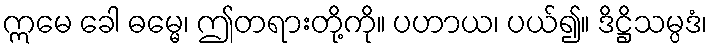
ဣမေ ခေါ ဓမ္မေ၊ ဤတရားတို့ကို။ ပဟာယ၊ ပယ်၍။ ဒိဋ္ဌိသမ္ပဒံ၊